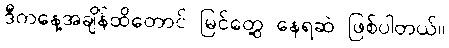
ဒီကနေ့အချိန်ထိတောင် မြင်တွေ့ နေရဆဲ ဖြစ်ပါတယ်။